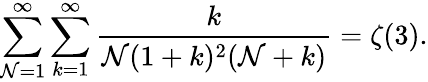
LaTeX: \sum_{\mathcal{N}=1}^{\infty}\sum_{k=1}^{\infty}\frac{{k}}{{\mathcal{N}(1+k)^{2}(\mathcal{N}+k)}}=\zeta(3).